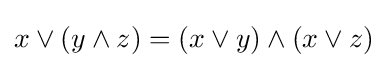
x\vee (y\wedge z)=(x\vee y)\wedge (x\vee z)